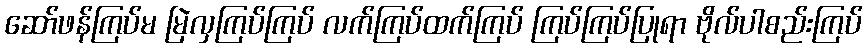
ဆော်ဖန်ကြပ်မ မြဲလှကြပ်ကြပ် လက်ကြပ်ထက်ကြပ် ကြပ်ကြပ်ပြုရာ ဗိုလ်ပါစည်းကြပ်